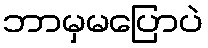
ဘာမှမပြောပဲ